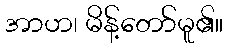
အာဟ၊ မိန့်တော်မူ၏။